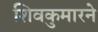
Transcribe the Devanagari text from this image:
शिवकुमारने